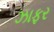
ઝાફર